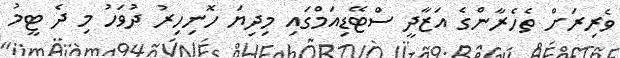
ވެރިރަށް ތެހެރާންގެ އަޒާދީ ސްޓޭޑިއަމްގައި މިދިޔަ ހޮނިހިރު ދުވަހު މި ދެ ޓީމު